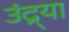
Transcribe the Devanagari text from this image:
उंद्र्या